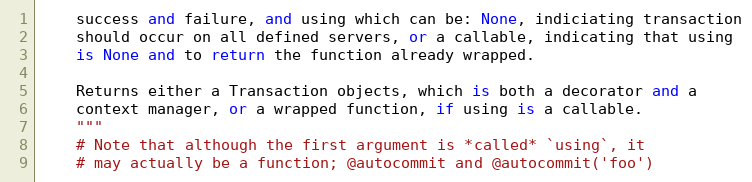
Language: Python
    success and failure, and using which can be: None, indiciating transaction
    should occur on all defined servers, or a callable, indicating that using
    is None and to return the function already wrapped.

    Returns either a Transaction objects, which is both a decorator and a
    context manager, or a wrapped function, if using is a callable.
    """
    # Note that although the first argument is *called* `using`, it
    # may actually be a function; @autocommit and @autocommit('foo')